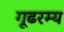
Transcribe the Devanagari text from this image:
गूढरम्य